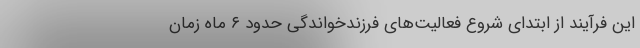
این فرآیند از ابتدای شروع فعالیت‌های فرزندخواندگی حدود ۶ ماه زمان